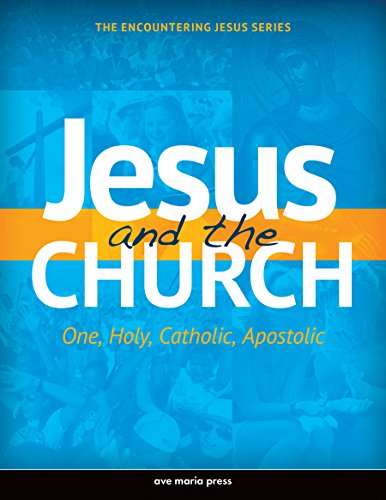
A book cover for Jesus and the Church: One, Holy, Catholic, Apostolic; Ave Maria Press; Christian Books & Bibles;